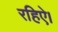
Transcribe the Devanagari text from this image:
रहिऐ।